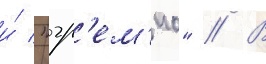
и́ "гр'ем'ио" // В